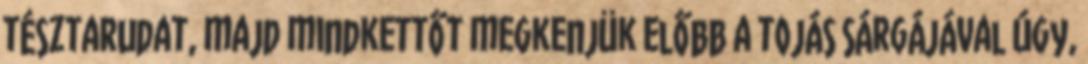
tésztarudat, majd mindkettőt megkenjük előbb a tojás sárgájával úgy,